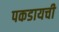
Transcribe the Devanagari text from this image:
पकडायची